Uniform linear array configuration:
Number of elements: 48
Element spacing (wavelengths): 0.75
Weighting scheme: kaiser
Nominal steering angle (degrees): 15
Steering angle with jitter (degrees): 13.579
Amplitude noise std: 0.05
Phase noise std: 0.05

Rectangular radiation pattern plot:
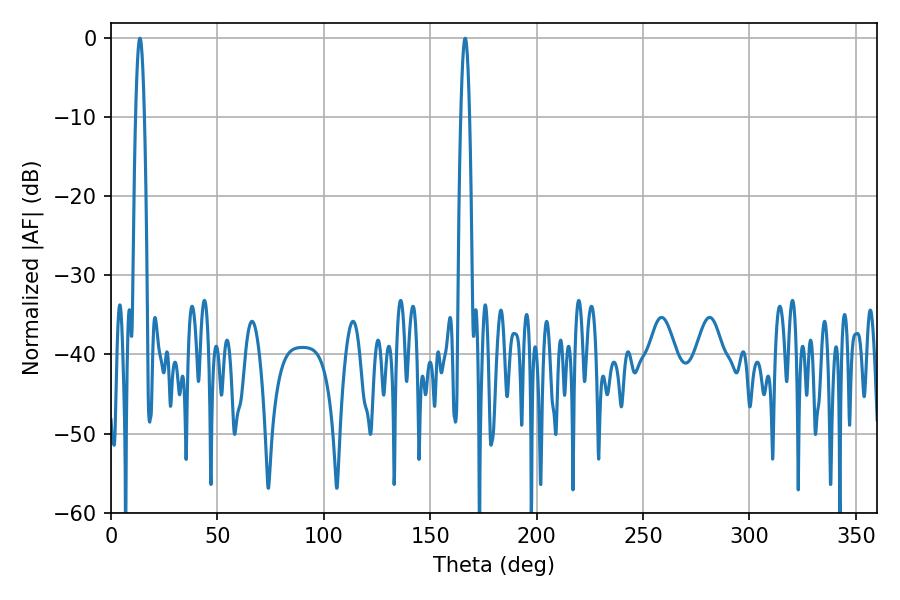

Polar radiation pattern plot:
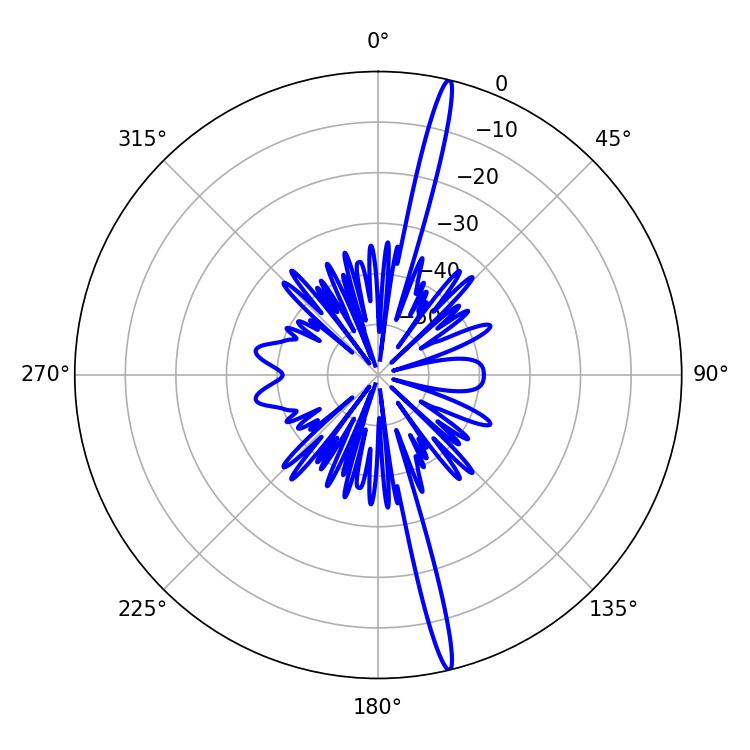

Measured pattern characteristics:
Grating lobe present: TRUE
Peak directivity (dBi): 19.922
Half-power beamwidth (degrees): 2.34
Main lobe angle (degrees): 166.5